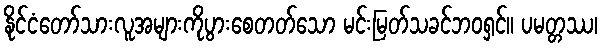
နိုင်ငံတော်သားလူအများကိုပွားစေတတ်သော မင်းမြတ်သခင်ဘဝရှင်။ ပမတ္တဿ၊